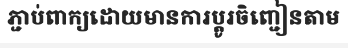
ភ្ជាប់ពាក្យដោយមានការប្តូរចិញ្ជៀនតាម